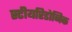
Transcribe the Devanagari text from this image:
स्टीयरिडोनिक